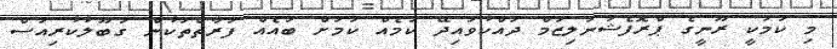
މި ކަމަކީ ރޫނީގެ ޕްރޮފެޝަނަލިޒަމް ދައްކުވައިދޭ ކަމެއް ކަމަށް ބައެއް ފަރާތްތަކުން ގަބޫލުކުރިއަސް